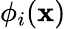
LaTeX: {\phi}_{i}(\mathbf{x})